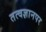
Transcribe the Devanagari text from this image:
तत्वज्ञानपर